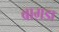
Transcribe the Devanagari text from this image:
बाग़डा